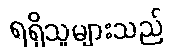
ရရှိသူများသည်